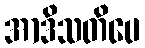
အာဒိသတိပေ